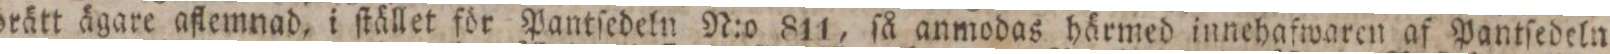
orätt ägare aflemnad, i ſtället för Pantſedeln N:o 811, ſå anmodas härmed innehafwaren af Pantſedeln